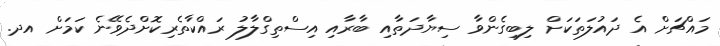
މައްޗަށް އެ ދައުލަތަކަށް ލިބިގެންވާ ސިޔާދަތާއި ބާރާއި އިސްތިގްލާލު ރައްކާތެރިކޮށްދެވޭނެ ކަމަށް އދ.